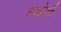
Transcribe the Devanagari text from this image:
हल्द्वेणी